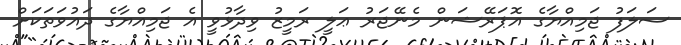
ސަލަފު ޖަމިއްޔާގެ އޮޕަރޭޝަން މެނޭޖަރު ޢަލީ ރަމީޒު ވިދާޅުވީ އެ ޖަމިއްޔާގެ ދައުވަތަކަށް